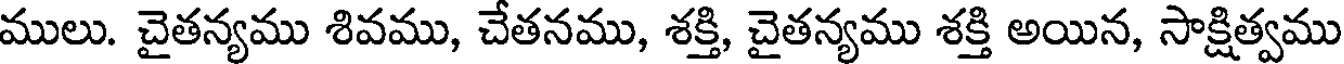
ములు. చైతన్యము శివము, చేతనము, శక్తి, చైతన్యము శక్తి అయిన, సాక్షిత్వము